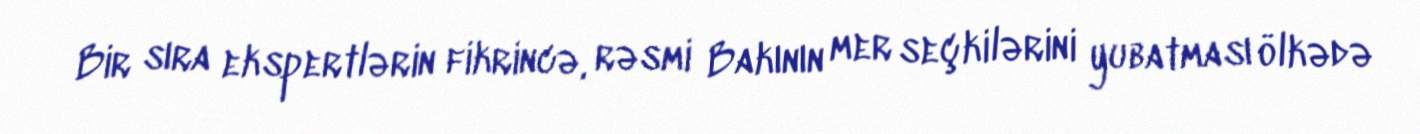
Bir sıra ekspertlərin fikrincə, rəsmi Bakının mer seçkilərini yubatması ölkədə